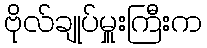
ဗိုလ်ချုပ်မှူးကြီးက